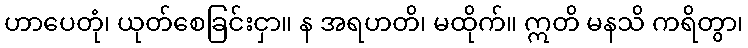
ဟာပေတုံ၊ ယုတ်စေခြင်းငှာ။ န အရဟတိ၊ မထိုက်။ ဣတိ မနသိ ကရိတွာ၊